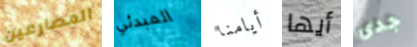
المصارعين المبدئي أيامنا أيها جدى